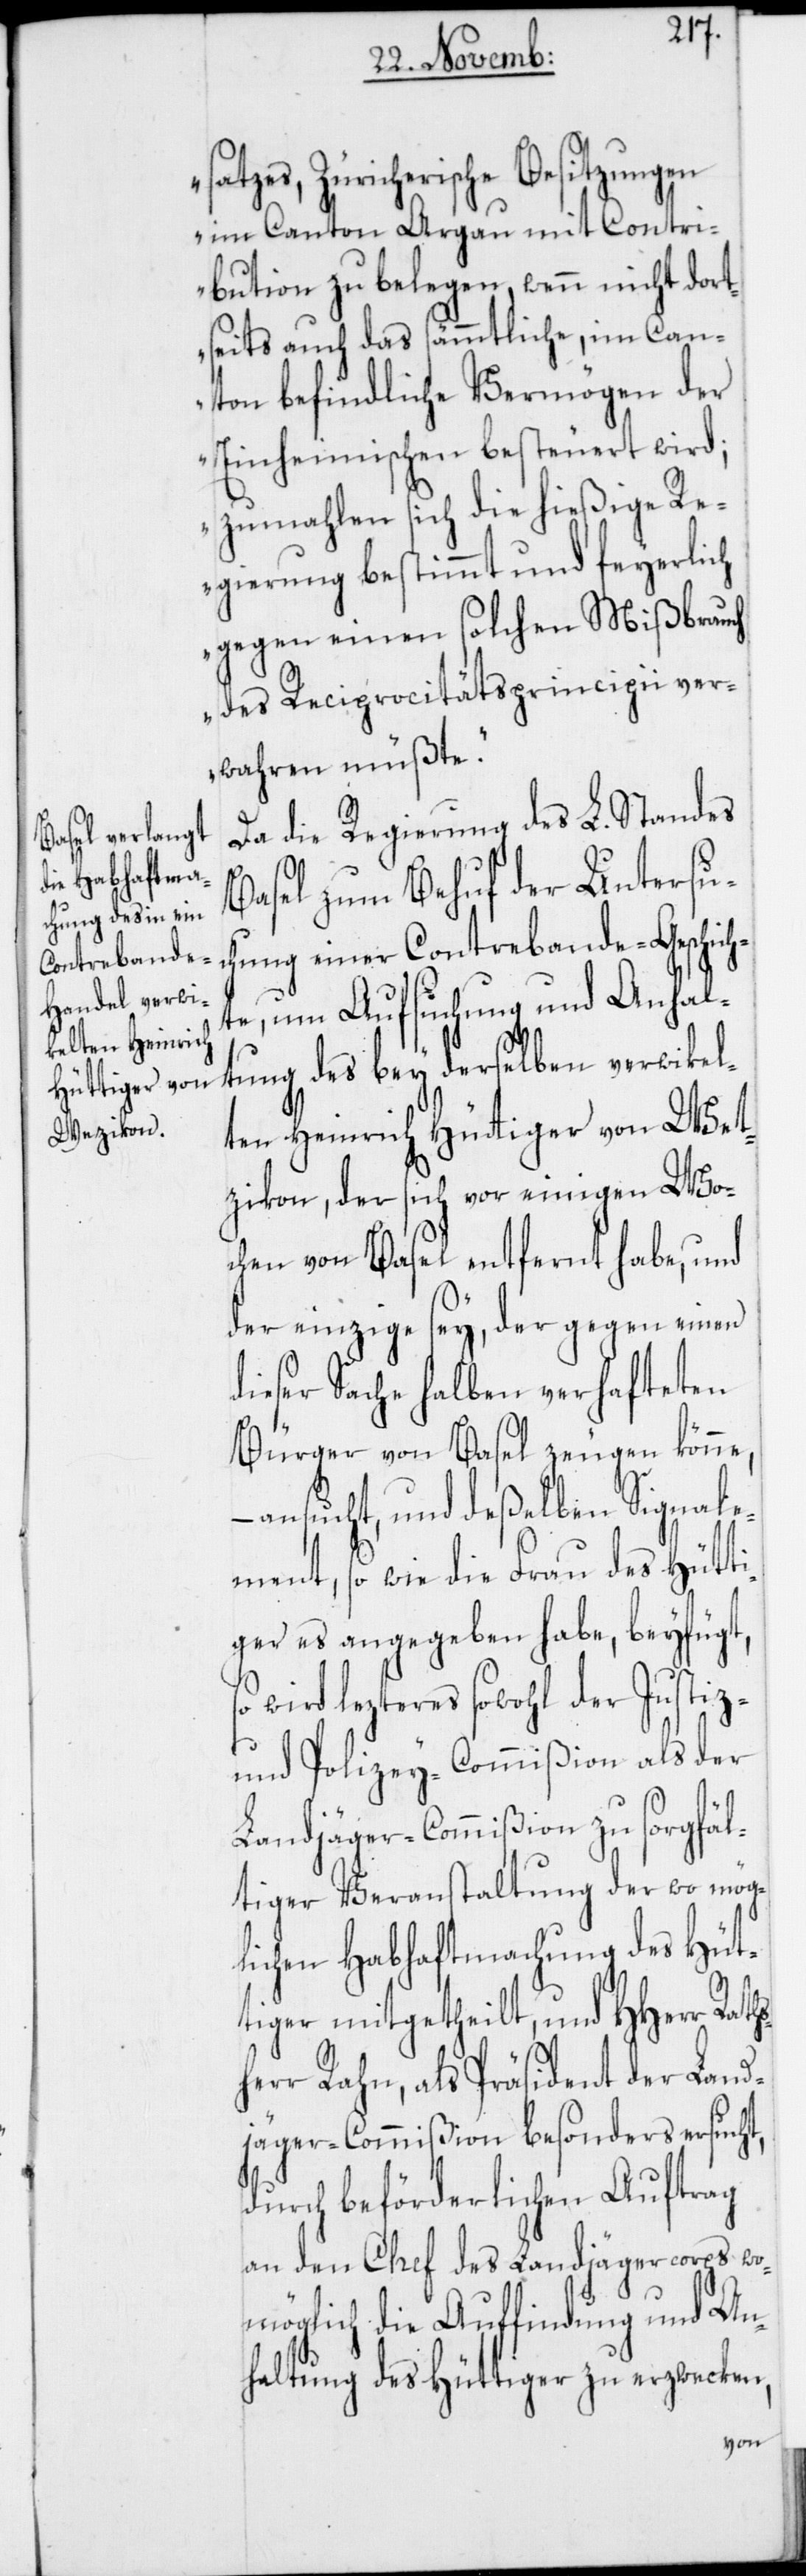
Raths¬
satzes, Zürcherische Besitzungen
im Canton Argau mit Contri¬
bution zu belegen, wenn nicht dort¬
seits auch das sämmtliche, im Can¬
ton befindliche Vermögen der
Einheimischen besteuert wird;
zumahlen sich die hießige R¬
egierung bestimmt und feyerlich
gegen einen solchen Mißbrauch
des Reciprocitätsprincipii ver¬
wahren müßte.“
Da die Regierung des L. Standes
Basel zum Behuf der Untersu¬
chung einer Contrebande-Geschich¬
te, um Aufsuchung und Anhal¬
tung des bey derselben verwikel¬
ten Heinrich Hüttiger von Wet¬
zikon, der sich vor einigen Wo¬
chen von Basel entfernt habe, und
der einzige sey, der gegen einen
dieser Sache halben verhafteten
Bürger von Basel zeugen könne,
ansucht, und deßelben Signale¬
ment, so wie die Frau des Hütti¬
ger es angegeben habe, beyfügt,
so wird lezteres sowohl der Justiz-
und Polizey-Commißion als der
Landjäger-Commißion zu sorgfäl¬
tiger Veranstaltung der wo mög¬
lichen Habhaftmachung des Hüt¬
tiger mitgetheilt, und HHerren
herr Rahn, als Präsident der Land¬
jäger-Commißion besonders ersucht,
durch beförderlichen Auftrag
an den Chef des Landjägercorps wo¬
möglich die Auffindung und An¬
haltung des Hüttiger zu erzwecken,